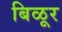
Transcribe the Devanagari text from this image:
बिळूर